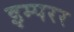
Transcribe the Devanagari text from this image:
इम्परर